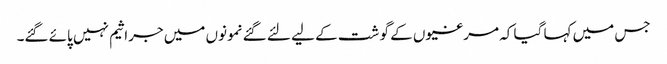
جس میں کہا گیا کہ مرغیوں کے گو شت کے لیے لئے گئے نمونوں میں جراثیم نہیں پائے گئے۔